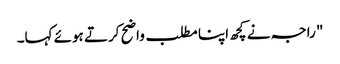
" راجہ نے کچھ اپنا مطلب واضح کرتے ہوئے کہا۔